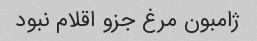
ژامبون مرغ جزو اقلام نبود